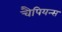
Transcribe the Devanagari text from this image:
चैपियन्स